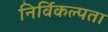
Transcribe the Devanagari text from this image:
निर्विकल्पता